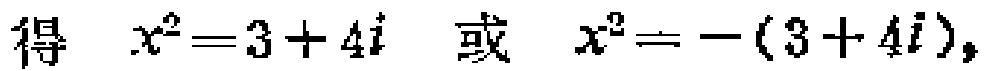
得 \(x^{2}=3 + 4i\) 或 \(x^{2}=-(3 + 4i)\)，